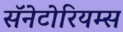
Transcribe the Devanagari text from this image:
सॅनेटोरियम्स